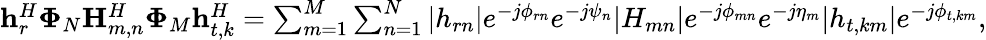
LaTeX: \begin{array}{r}{\mathbf{h}_{r}^{H}\mathbf{\Phi}_{N}\mathbf{H}_{m,n}^{H}\mathbf{\Phi}_{M}\mathbf{h}_{t,k}^{H}=\sum_{m=1}^{M}\sum_{n=1}^{N}|{h}_{rn}|e^{-j\phi_{rn}}e^{-j\psi_{n}}|{H}_{mn}|e^{-j\phi_{mn}}e^{-j\eta_{m}}|{h}_{t,km}|e^{-j\phi_{t,km}},}\end{array}